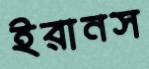
ইরানস